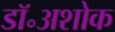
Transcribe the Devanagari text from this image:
डॉ॰अशोक